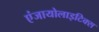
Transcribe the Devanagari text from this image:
एंजायोलाइटिक्स